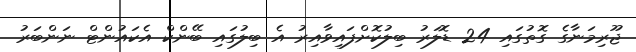
ޖޫރިމަނާގެ ގޮތުގައި 24 ޑޮލަރު ބިލުކޮށްފައިވާއިރު އެ ބިލުގައި ބޭންކް އެކައުންޓް ނަންބަރު